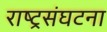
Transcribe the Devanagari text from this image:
राष्ट्रसंघटना